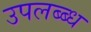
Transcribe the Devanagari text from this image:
उपलब्ब्ध